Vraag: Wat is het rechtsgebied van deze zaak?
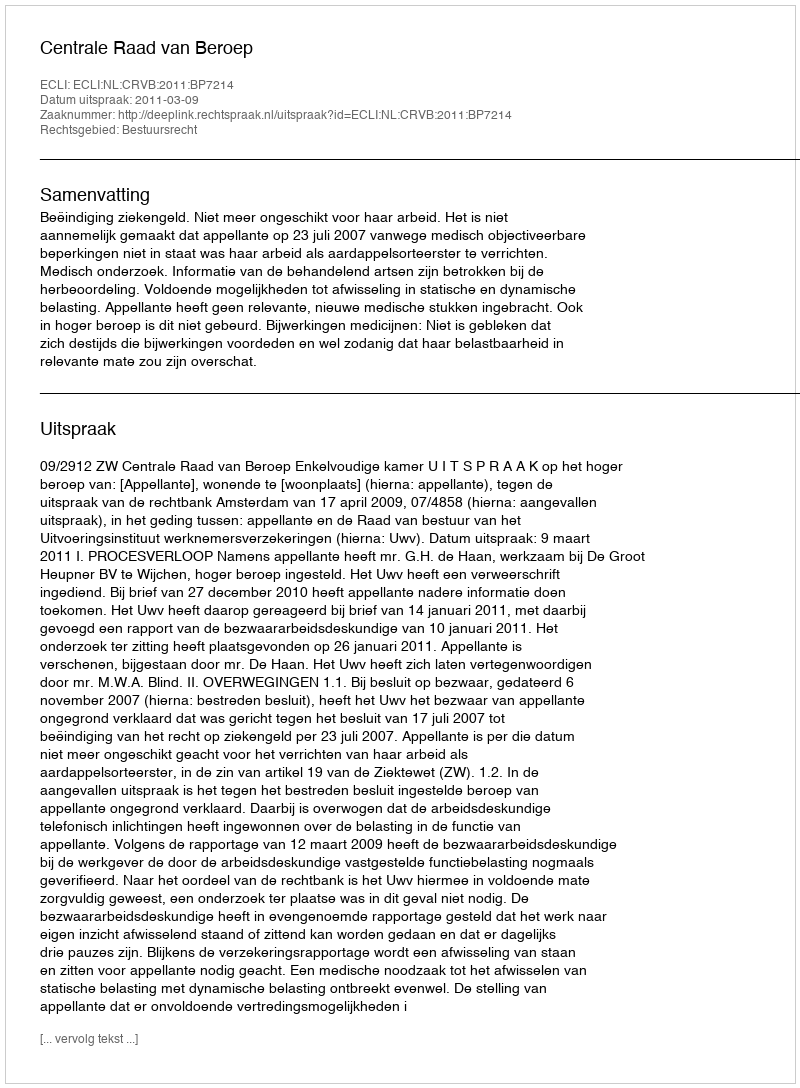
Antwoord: Bestuursrecht